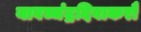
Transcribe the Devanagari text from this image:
यावच्चंद्रदिवाकरौ